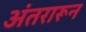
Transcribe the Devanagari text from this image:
अंतरारून